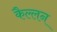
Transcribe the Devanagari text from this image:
कैल्लन